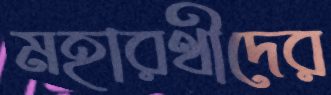
মহারথীদের